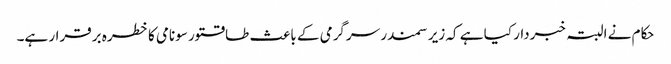
حکام نے البتہ خبردار کیا ہے کہ زیر سمندر سرگرمی کے باعث طاقتور سونامی کا خطرہ برقرار ہے۔